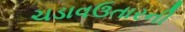
ચડાવઉતારની